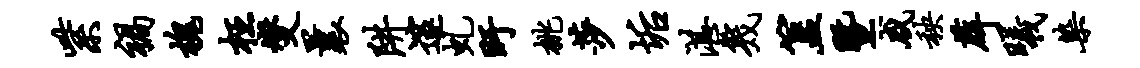
紫祸槐枉燮曩阱邃虬盱桃莎垢湛几簋暨咸秧薜曦染